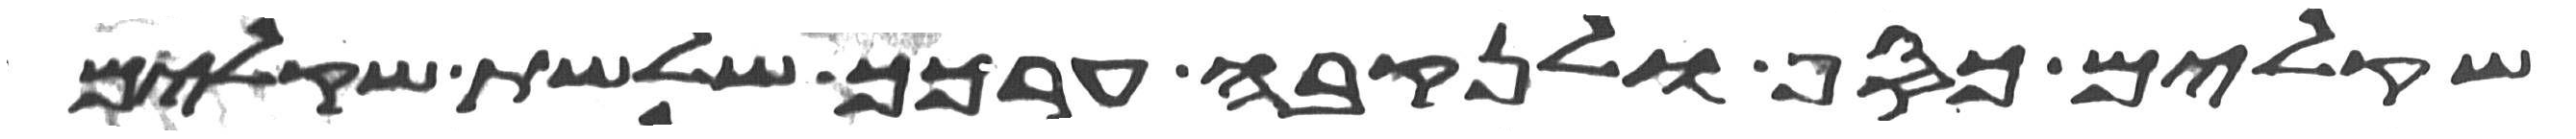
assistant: שקלים כסף ולנקבה ערכך שלשת שקלים